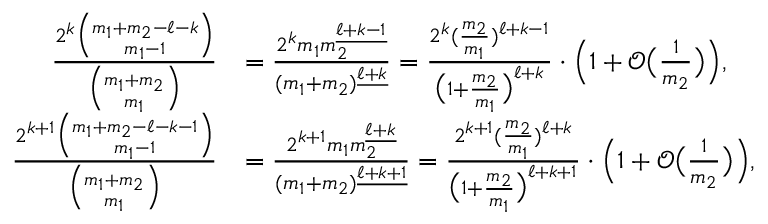
\begin{array} { r l } { \frac { 2 ^ { k } \binom { m _ { 1 } + m _ { 2 } - \ell - k } { m _ { 1 } - 1 } } { \binom { m _ { 1 } + m _ { 2 } } { m _ { 1 } } } } & { = \frac { 2 ^ { k } m _ { 1 } m _ { 2 } ^ { \underline { { \ell + k - 1 } } } } { ( m _ { 1 } + m _ { 2 } ) ^ { \underline { { \ell + k } } } } = \frac { 2 ^ { k } ( \frac { m _ { 2 } } { m _ { 1 } } ) ^ { \ell + k - 1 } } { \big ( 1 + \frac { m _ { 2 } } { m _ { 1 } } \big ) ^ { \ell + k } } \cdot \Big ( 1 + \mathcal { O } \big ( \textstyle { \frac { 1 } { m _ { 2 } } } \big ) \Big ) , } \\ { \frac { 2 ^ { k + 1 } \binom { m _ { 1 } + m _ { 2 } - \ell - k - 1 } { m _ { 1 } - 1 } } { \binom { m _ { 1 } + m _ { 2 } } { m _ { 1 } } } } & { = \frac { 2 ^ { k + 1 } m _ { 1 } m _ { 2 } ^ { \underline { { \ell + k } } } } { ( m _ { 1 } + m _ { 2 } ) ^ { \underline { { \ell + k + 1 } } } } = \frac { 2 ^ { k + 1 } ( \frac { m _ { 2 } } { m _ { 1 } } ) ^ { \ell + k } } { \big ( 1 + \frac { m _ { 2 } } { m _ { 1 } } \big ) ^ { \ell + k + 1 } } \cdot \Big ( 1 + \mathcal { O } \big ( \textstyle { \frac { 1 } { m _ { 2 } } } \big ) \Big ) , } \end{array}